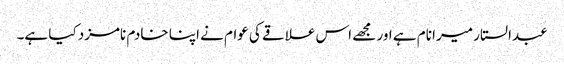
عبدالستار میرا نام ہے اور مجھے اس علاقے کی عوام نے اپنا خادم نامزد کیا ہے۔